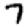
Digit: 7